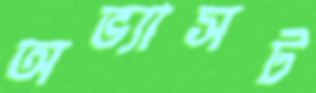
অভ্যাসট